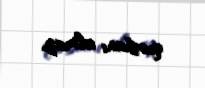
qurbanı olmaz.